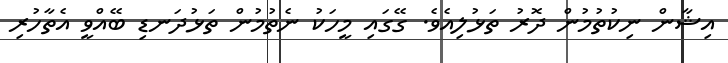
އިޝާން ނިކުތުމުން ދޮރު ތަޅުލިއެވެ. ގޭގައި މީހަކު ނެތުމުން ތަޅުދަނޑި ބޭއްވީ އެތާހުރި